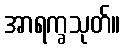
အာရက္ခသုတ်။